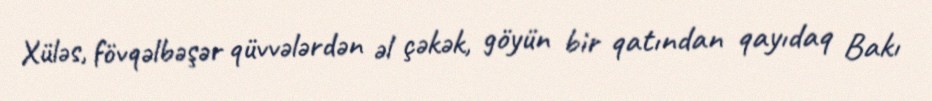
Xüləs, fövqəlbəşər qüvvələrdən əl çəkək, göyün bir qatından qayıdaq Bakı